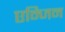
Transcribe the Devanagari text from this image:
एन्जिन